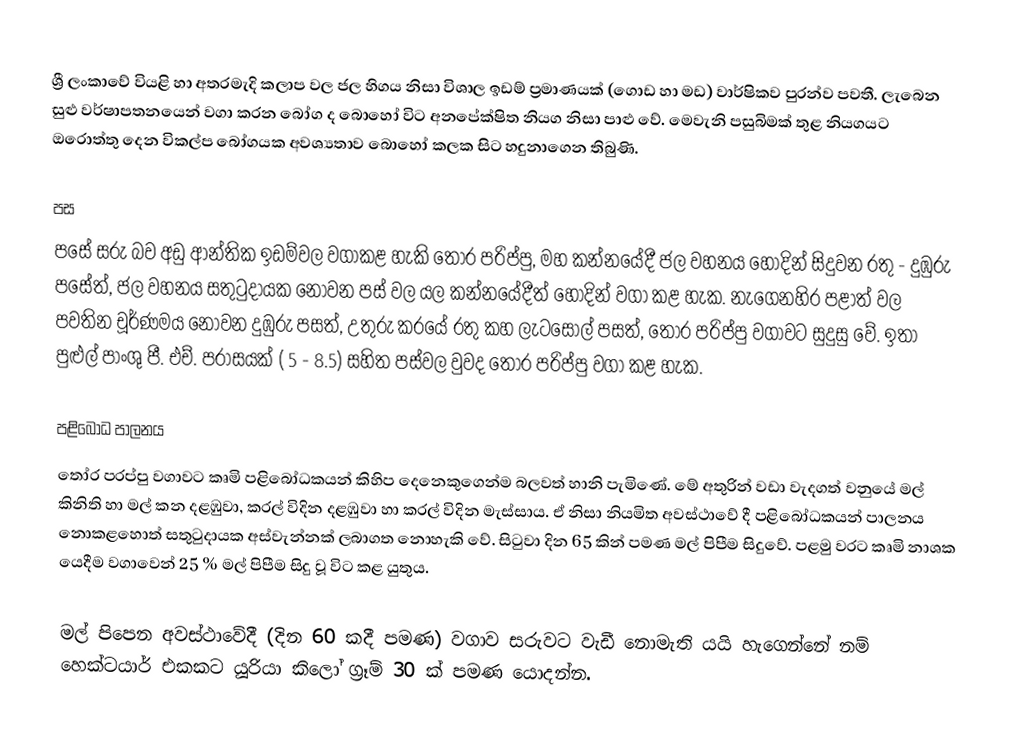
ශ්‍රී ලංකාවේ වියළි හා අතරමැදි කලාප වල ජල හිගය නිසා විශාල ඉඩම් ප්‍රමාණයක් (ගොඩ හා මඩ) වාර්ෂිකව පුරන්ව පවතී. ලැබෙන සුළු වර්ෂාපතනයෙන් වගා කරන බෝග ද බොහෝ විට අනපේක්ෂිත නියග නිසා පාළු වේ. මෙවැනි පසුබිමක් තුළ නියගයට ඔරොත්තු දෙන විකල්ප බෝගයක අවශ්‍යතාව බොහෝ කලක සිට හදුනාගෙන තිබුණි.

පස
පසේ සරු බව අඩු ආන්තික ඉඩම්වල වගාකළ හැකි තෝර පරිප්පු, මහ කන්නයේදී ජල වහනය හොදින් සිදුවන රතු - දුඹුරු පසේත්, ජල වහනය සතුටුදායක නොවන පස් වල යල කන්නයේදීත් හොදින් වගා කළ හැක. නැගෙනහිර පළාත් වල පවතින චූර්ණමය නොවන දුඹුරු පසත්, උතුරු කරයේ රතු කහ ලැටසෝල් පසත්, තෝර පරිප්පු වගාවට සුදුසු වේ. ඉතා පුළුල් පාංශු පී. එච්. පරාසයක් ( 5 - 8.5) සහිත පස්වල වුවද තෝර පරිප්පු වගා කළ හැක.

පළිබෝධ පාලනය
තෝර පරප්පු වගාවට කෘමි පළිබෝධකයන් කිහිප දෙනෙකුගෙන්ම බලවත් හානි පැමිණේ. මේ අතුරින් වඩා වැදගත් වනුයේ මල් කිනිති හා මල් කන දළඹුවා, කරල් විදින දළඹුවා හා කරල් විදින මැස්සාය. ඒ නිසා නියමිත අවස්ථාවේ දී පළිබෝධකයන් පාලනය නොකළහොත් සතුටුදායක අස්වැන්නක් ලබාගත නොහැකි වේ. සිටුවා දින 65 කින් පමණ මල් පිපීම සිදුවේ. පළමු වරට කෘමි නාශක යෙදීම වගාවෙන් 25 % මල් පිපීම සිදු වූ විට කළ යුතුය.

මල් පිපෙන අවස්ථාවේදී (දින 60 කදී පමණ) වගාව සරුවට වැඩී නොමැති යයි හැගෙන්නේ නම් හෙක්ටයාර් එකකට යූරියා කිලෝ ග්‍රෑම් 30 ක් පමණ යොදන්න.